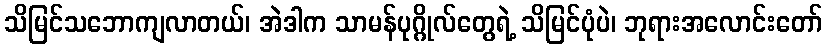
သိမြင်သဘောကျလာတယ်၊ အဲဒါက သာမန်ပုဂ္ဂိုလ်တွေရဲ့ သိမြင်ပုံပဲ၊ ဘုရားအလောင်းတော်